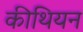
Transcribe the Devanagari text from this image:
कीथियन